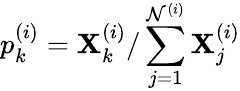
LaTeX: p_{k}^{(i)}=\mathbf{X}_{k}^{(i)}/\sum_{j=1}^{\mathcal{N}^{(i)}}\mathbf{X}_{j}^{(i)}